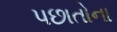
પછાતોના